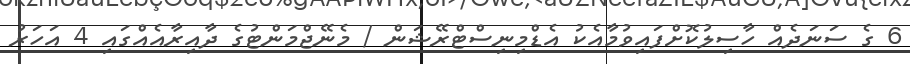
6 ގެ ސަނަދެއް ހާސިލުކޮށްފައިވުމާއެކު އެޑްމިނިސްޓްރޭޝަން / މެނޭޖްމަންޓުގެ ދާއިރާއެއްގައި 4 އަހަރު